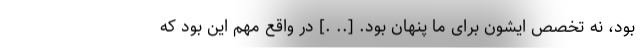
بود، نه تخصص ایشون برای ما پنهان بود. [.. .] در واقع مهم این بود که